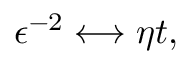
\epsilon ^ { - 2 } \longleftrightarrow \eta t ,